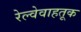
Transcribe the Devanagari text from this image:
रेल्वेवाहतूक